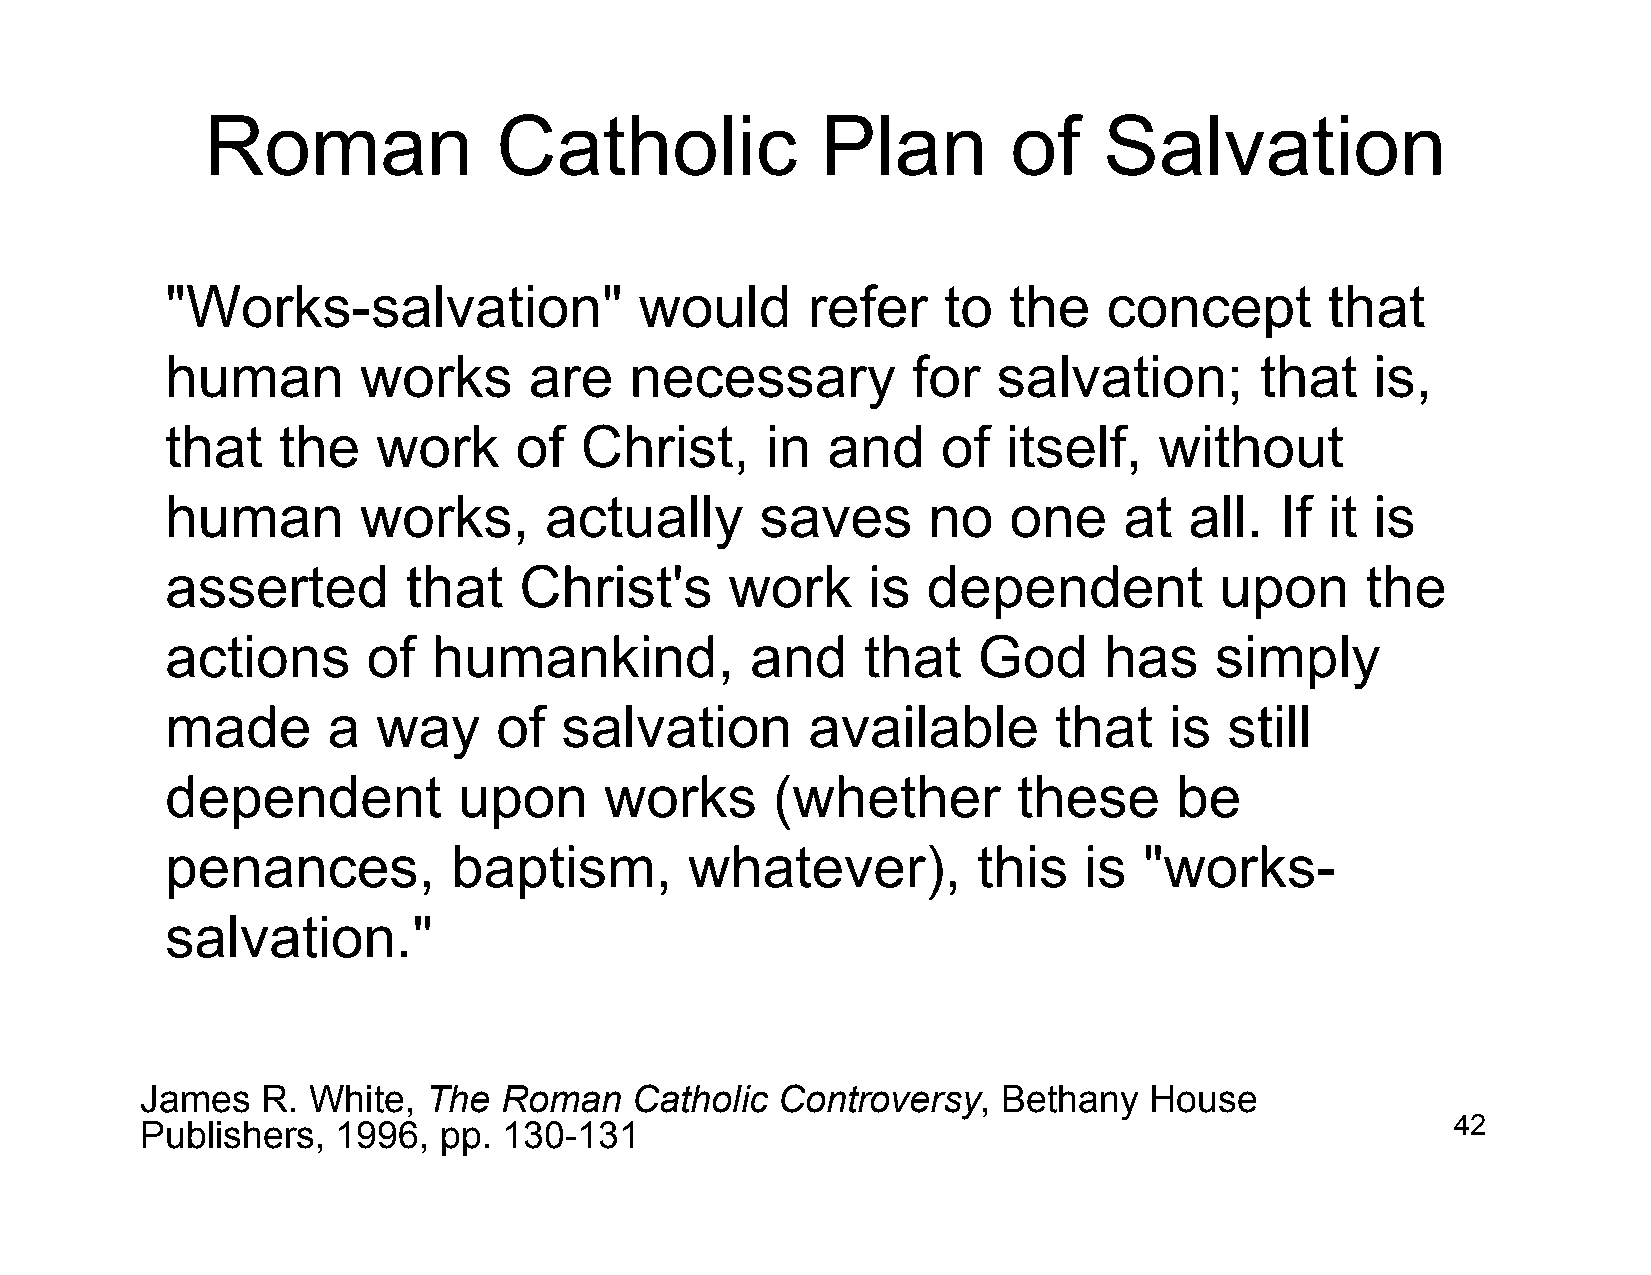
Roman              Catholic             Plan         of    Salvation
 "Works-salvation"              would      refer    to   the   concept        that
 human        works      are    necessary         for   salvation;       that    is,
 that   the    work     of  Christ,      in  and    of   itself,   without
 human        works,      actually      saves      no    one    at   all.  If it is
 asserted        that   Christ's      work     is  dependent           upon     the
 actions      of   humankind,           and    that    God     has    simply
 made       a  way     of  salvation       available        that   is  still
 dependent          upon      works      (whether        these      be
 penances,          baptism,        whatever),         this   is  "works-
 salvation."
 James   R. White,  The  Roman    Catholic Controversy,   Bethany   House
 Publishers,  1996,  pp. 130-131                                                        42